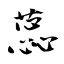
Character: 蕊